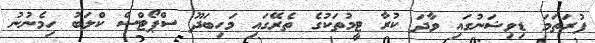
ފުރަތަމަ ޑިވިޝަނުގައި ވާދަ ކުރާ ޓީމުތަކުގެ ތެރޭގައި މަހިބަދޫ ސްޕޯޓްސް ކްލަބު ހިމެނުނު